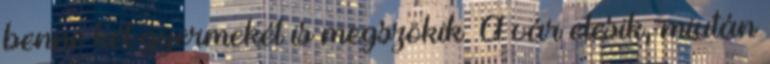
benne két gyermekét is megszökik. A vár elesik, miután